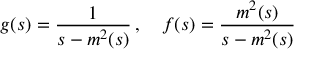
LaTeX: g ( s ) = \frac { 1 } { s - m ^ { 2 } ( s ) } \, , \quad f ( s ) = \frac { m ^ { 2 } ( s ) } { s - m ^ { 2 } ( s ) }